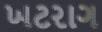
ખટરાગ